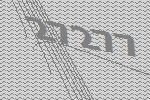
27277